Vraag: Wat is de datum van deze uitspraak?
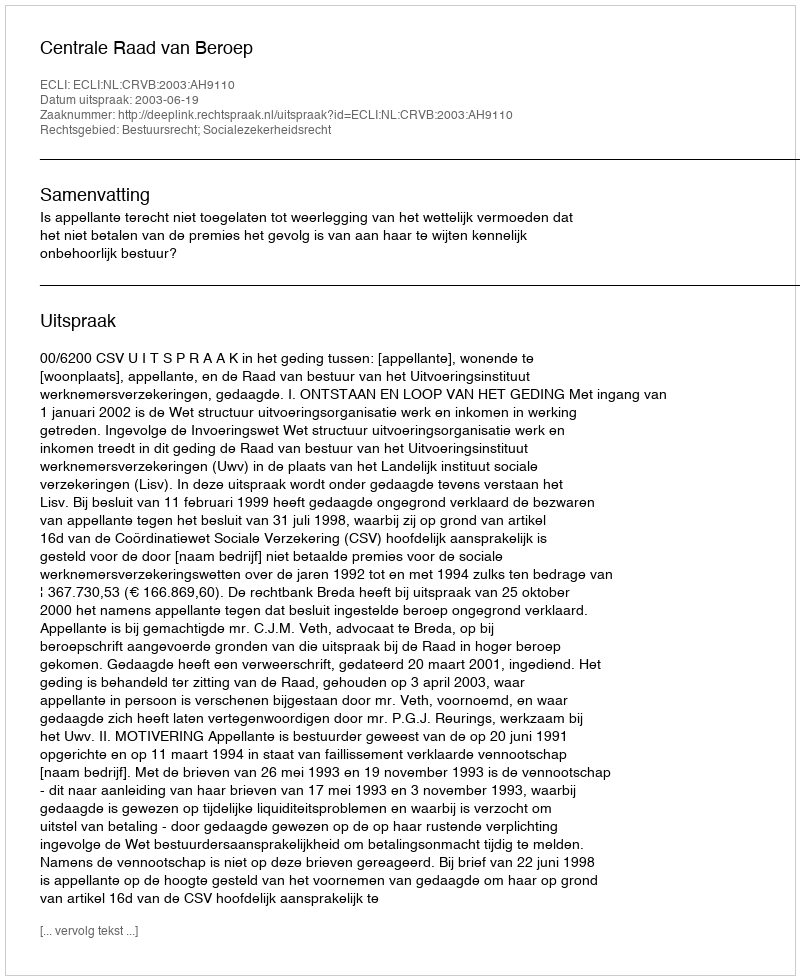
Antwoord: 2003-06-19